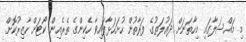
މި މައްސަލާގައި މިހާތަނަށް ދައުލަތުގެ ފަރާތުން ހުށަހަޅާފައިވާ ހެކިންގެ ތެރެއިން ކޯޓަށް ހާޒިރުކޮށް